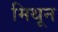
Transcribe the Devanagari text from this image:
मिथून